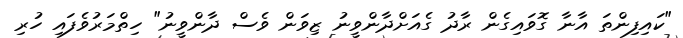
"ކައިފިންތަ އާނާ ގޮވައިގެން ރާދު ގެއަށްދާންވީނު ޒިވަން ވެސް ދާންވީނު" ހިތްމަރުވެފައި ހުރި